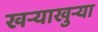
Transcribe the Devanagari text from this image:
खर्‍याखुर्‍या